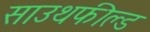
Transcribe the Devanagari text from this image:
साउथफील्ड